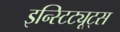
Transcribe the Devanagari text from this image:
इन्स्टिट्यूट्‌स